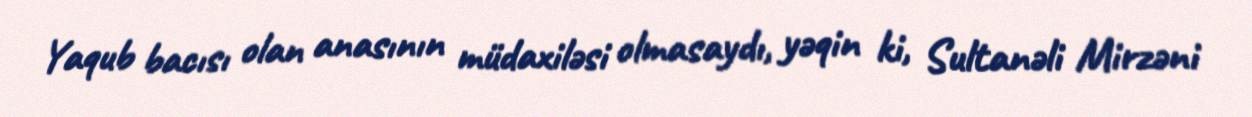
Yaqub bacısı olan anasının müdaxiləsi olmasaydı, yəqin ki, Sultanəli Mirzəni